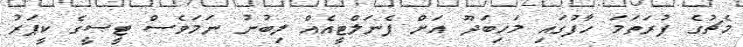
މެޗުގެ ފުރަތަމަ ހާފުގައި މަހިބަދޫ އަށް ޕެނަލްޓީއެއް ލިބުނު ނަމަވެސް ޓީސީގެ ކީޕަރު